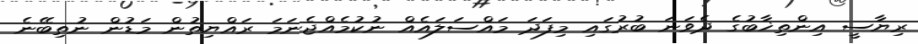
ރިޔާސީ އިންތިޚާބުގެ ދެވަނަ ބުރުގައި މިފަދަ މައްސަލައެއް ނުކުމެއްޖެނަމަ ރައްޔިތުން މަޑުން ނުތިބޭނެ